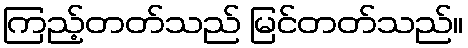
ကြည့်တတ်သည် မြင်တတ်သည်။